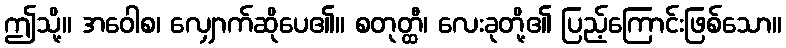
ဤသို့။ အဝေါစ၊ လျှောက်ဆိုပေ၏။ စတုတ္ထီ၊ လေးခုတို့၏ ပြည့်ကြောင်းဖြစ်သော။